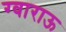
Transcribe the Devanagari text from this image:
ग्वाराऊ